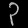
Digit: ၃